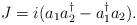
LaTeX: \begin{align*}J=i(a_{1}a_{2}^{\dagger}-a_1^{\dagger}a_2).\end{align*}